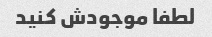
لطفا موجودش کنید